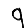
Digit: 9